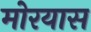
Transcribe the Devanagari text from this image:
मोरयास